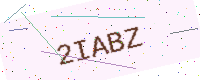
Text: 2IABZ